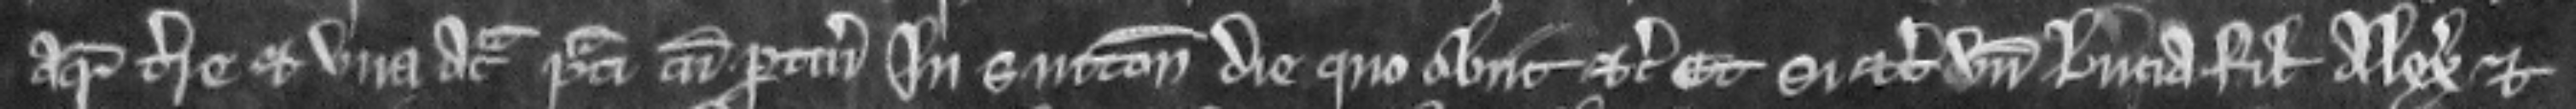
acris terre et una acra prati cum pertinenciis in Sutton die quo obiit etc. et si etc. Unde Lucia filia Alexandri et